Source: Handwritten
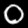
Digit: ၀ (0)